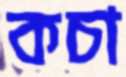
কচা